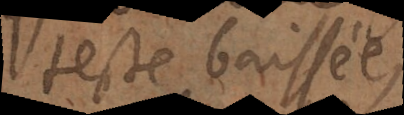
teste baissée,